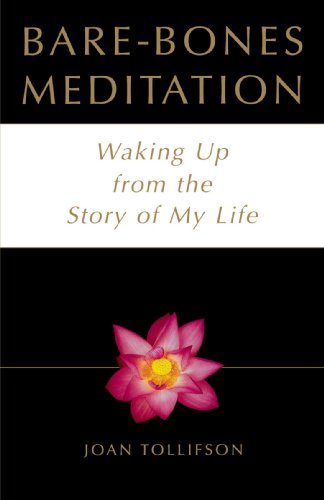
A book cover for Bare-Bones Meditation: Waking Up from the Story of My Life; Joan Tollifson; Gay & Lesbian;